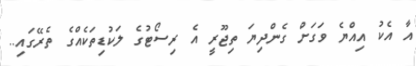
އާ އެކު އިއްޔެ ވަގަށް ގެންދިޔަ ތިޖޫރީ އެ ރިސޯޓުގެ ލަކުޑިތަކެއްގެ ތެރޭގައި..